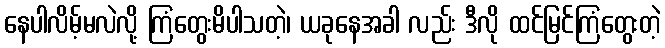
နေပါလိမ့်မလဲလို့ ကြံတွေးမိပါသတဲ့၊ ယခုနေအခါ လည်း ဒီလို ထင်မြင်ကြံတွေးတဲ့